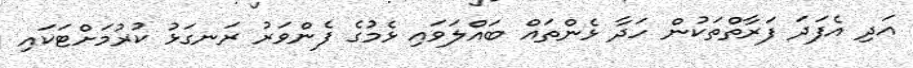
އަދި އެފަދަ ފަރާތްތަކުން ހަދާ ޅެންތައް ބައްލަވައި ޅެމުގެ ފެންވަރު ރަނގަޅު ކުރުމަށްޓަކައި